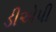
ડીએપી